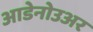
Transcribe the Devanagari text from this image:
आडेनोउअर